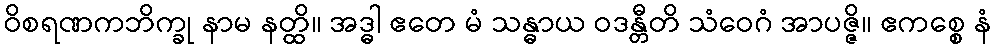
ဝိစရဏကဘိက္ခု နာမ နတ္ထိ။ အဒ္ဓါ ဧတေ မံ သန္ဓာယ ဝဒန္တီတိ သံဝေဂံ အာပဇ္ဇိ။ ဧကစ္စေ နံ